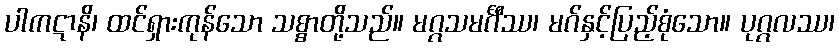
ပါကဋာနိ၊ ထင်ရှားကုန်သော သစ္စာတို့သည်။ မဂ္ဂသမင်္ဂီဿ၊ မဂ်နှင့်ပြည့်စုံသော။ ပုဂ္ဂလဿ၊